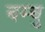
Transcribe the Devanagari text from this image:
बम्बु